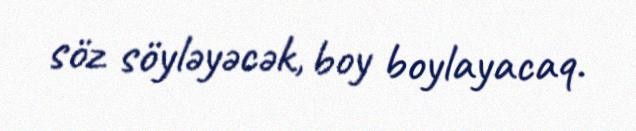
söz söyləyəcək, boy boylayacaq.